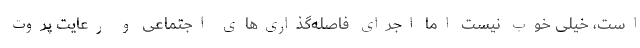
است، خیلی خوب نیست اما اجرای فاصله‌گذاری‌های اجتماعی و رعایت پروت